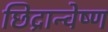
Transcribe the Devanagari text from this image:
छिद्रान्वेष्ण